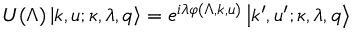
U ( \Lambda ) \left| k , u ; \kappa , \lambda , q \right> = e ^ { i \lambda \varphi ( \Lambda , k , u ) } \left| k ^ { \prime } , u ^ { \prime } ; \kappa , \lambda , q \right>